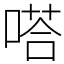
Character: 嗒